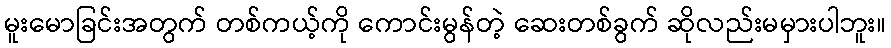
မူးမောခြင်းအတွက် တစ်ကယ့်ကို ကောင်းမွန်တဲ့ ဆေးတစ်ခွက် ဆိုလည်းမမှားပါဘူး။